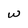
Character: w